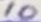
Text: 10